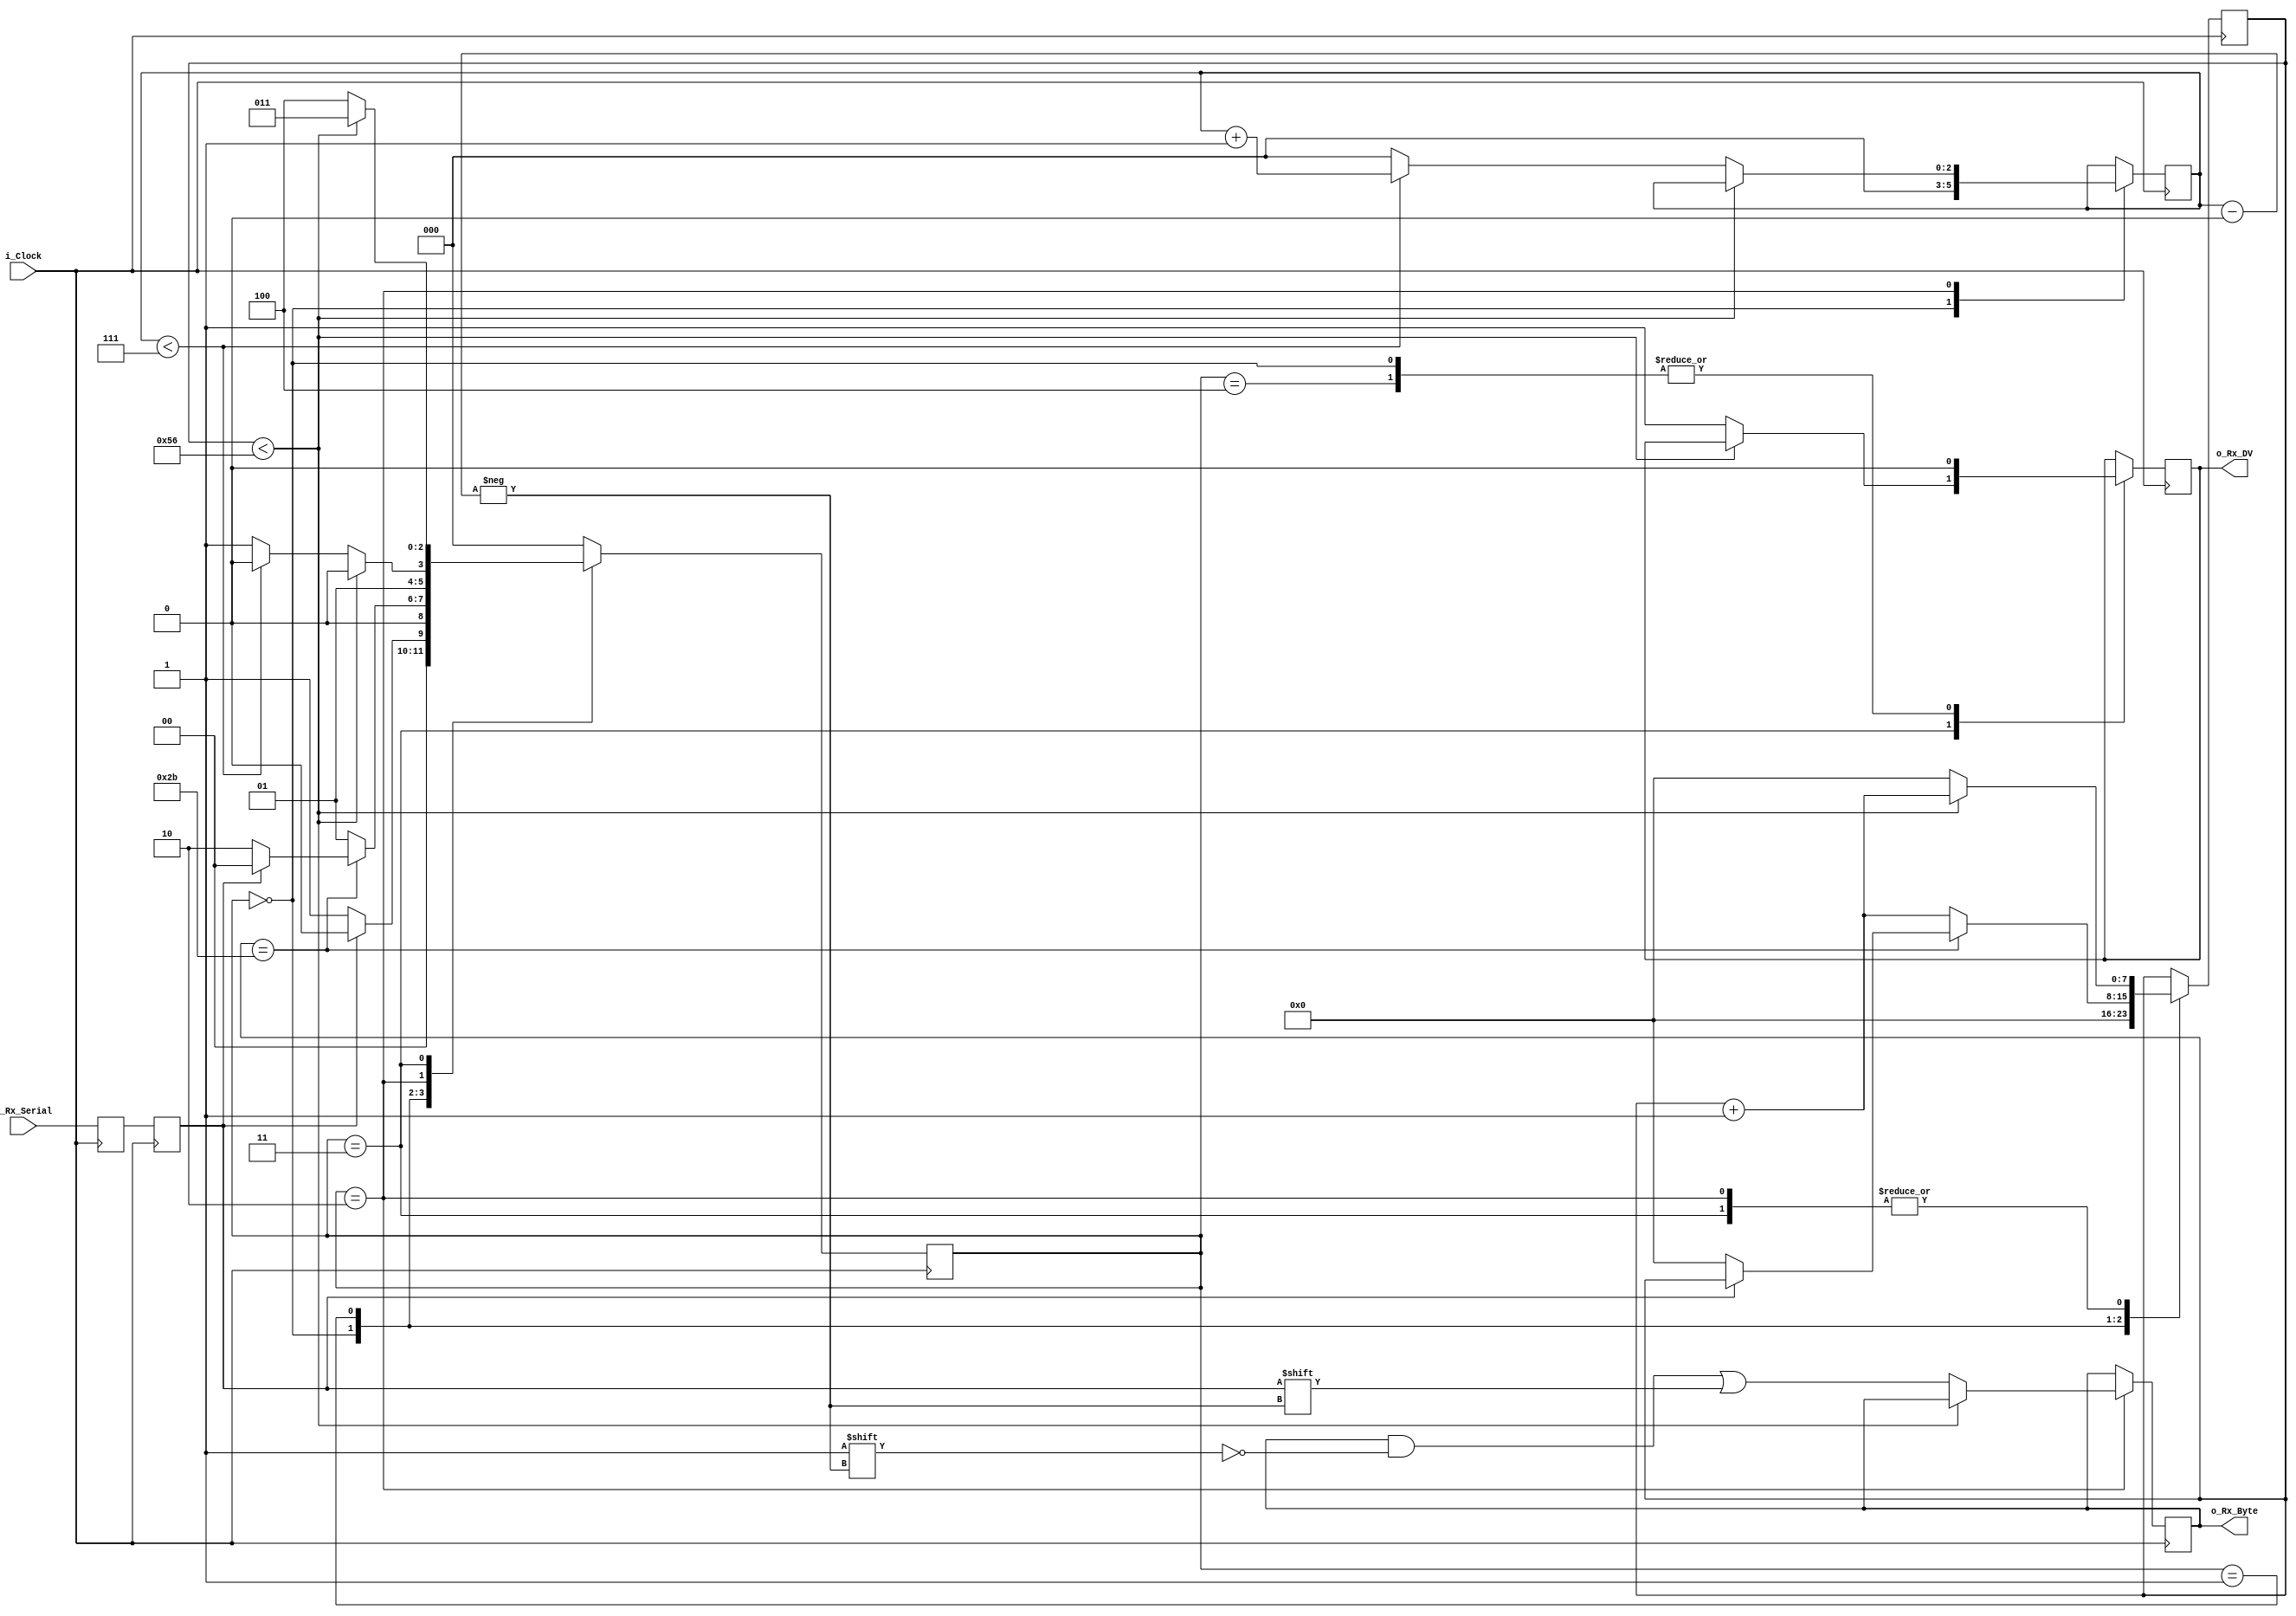
//
// Verilog Module mopshub_lib.debug_uart_receiver
//
// Created:
//          by - dcs.dcs (chipdev2.physik.uni-wuppertal.de)
//          at - 10:00:30 11/07/22
//
// using Mentor Graphics HDL Designer(TM) 2019.4 (Build 4)
//

`resetall
`timescale 1ns/10ps
/*
 * 8-bit UART Receiver.
 * Able to receive 8 bits of serial data, one start bit, one stop bit.
 * When receive is complete {done} is driven high for one clock cycle.
 * Output data should be taken away by a few clocks or can be lost.
 * When receive is in progress {busy} is driven high.
 * Clock should be decreased to baud rate.
 */
 // Set Parameter CLKS_PER_BIT as follows:
// CLKS_PER_BIT = (Frequency of i_Clock)/(Frequency of UART)
// Example: 10 MHz Clock, 115200 baud UART
// (10000000)/(115200) = 87
module debug_uart_receiver
  #(parameter CLKS_PER_BIT =87)
  (
   input        i_Clock,
   input        i_Rx_Serial,
   output       o_Rx_DV,
   output [7:0] o_Rx_Byte
   );
    
  parameter s_IDLE         = 3'b000;
  parameter s_RX_START_BIT = 3'b001;
  parameter s_RX_DATA_BITS = 3'b010;
  parameter s_RX_STOP_BIT  = 3'b011;
  parameter s_CLEANUP      = 3'b100;
   
  reg           r_Rx_Data_R = 1'b1;
  reg           r_Rx_Data   = 1'b1;
   
  reg [7:0]     r_Clock_Count = 0;
  reg [2:0]     r_Bit_Index   = 0; //8 bits total
  reg [7:0]     r_Rx_Byte     = 0;
  reg           r_Rx_DV       = 0;
  reg [2:0]     r_SM_Main     = 0;
   
  // Purpose: Double-register the incoming data.
  // This allows it to be used in the UART RX Clock Domain.
  // (It removes problems caused by metastability)
  always @(posedge i_Clock)
    begin
      r_Rx_Data_R <= i_Rx_Serial;
      r_Rx_Data   <= r_Rx_Data_R;
    end
   
   
  // Purpose: Control RX state machine
  always @(posedge i_Clock)
    begin
       
      case (r_SM_Main)
        s_IDLE :
          begin
            r_Rx_DV       <= 1'b0;
            r_Clock_Count <= 0;
            r_Bit_Index   <= 0;
             
            if (r_Rx_Data == 1'b0)          // Start bit detected
              r_SM_Main <= s_RX_START_BIT;
            else
              r_SM_Main <= s_IDLE;
          end
         
        // Check middle of start bit to make sure it's still low
        s_RX_START_BIT :
          begin
            if (r_Clock_Count == (CLKS_PER_BIT-1)/2)
              begin
                if (r_Rx_Data == 1'b0)
                  begin
                    r_Clock_Count <= 0;  // reset counter, found the middle
                    r_SM_Main     <= s_RX_DATA_BITS;
                  end
                else
                  r_SM_Main <= s_IDLE;
              end
            else
              begin
                r_Clock_Count <= r_Clock_Count + 1;
                r_SM_Main     <= s_RX_START_BIT;
              end
          end // case: s_RX_START_BIT
         
         
        // Wait CLKS_PER_BIT-1 clock cycles to sample serial data
        s_RX_DATA_BITS :
          begin
            if (r_Clock_Count < CLKS_PER_BIT-1)
              begin
                r_Clock_Count <= r_Clock_Count + 1;
                r_SM_Main     <= s_RX_DATA_BITS;
              end
            else
              begin
                r_Clock_Count          <= 0;
                r_Rx_Byte[r_Bit_Index] <= r_Rx_Data;
                 
                // Check if we have received all bits
                if (r_Bit_Index < 7)
                  begin
                    r_Bit_Index <= r_Bit_Index + 1;
                    r_SM_Main   <= s_RX_DATA_BITS;
                  end
                else
                  begin
                    r_Bit_Index <= 0;
                    r_SM_Main   <= s_RX_STOP_BIT;
                  end
              end
          end // case: s_RX_DATA_BITS
     
     
        // Receive Stop bit.  Stop bit = 1
        s_RX_STOP_BIT :
          begin
            // Wait CLKS_PER_BIT-1 clock cycles for Stop bit to finish
            if (r_Clock_Count < CLKS_PER_BIT-1)
              begin
                r_Clock_Count <= r_Clock_Count + 1;
                r_SM_Main     <= s_RX_STOP_BIT;
              end
            else
              begin
                r_Rx_DV       <= 1'b1;
                r_Clock_Count <= 0;
                r_SM_Main     <= s_CLEANUP;
              end
          end // case: s_RX_STOP_BIT
     
         
        // Stay here 1 clock
        s_CLEANUP :
          begin
            r_SM_Main <= s_IDLE;
            r_Rx_DV   <= 1'b0;
          end
         
         
        default :
          r_SM_Main <= s_IDLE;
         
      endcase
    end   
   
  assign o_Rx_DV   = r_Rx_DV;
  assign o_Rx_Byte = r_Rx_Byte;
   
endmodule // uart_rx